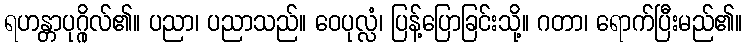
ရဟန္တာပုဂ္ဂိုလ်၏။ ပညာ၊ ပညာသည်။ ဝေပုလ္လံ၊ ပြန့်ပြောခြင်းသို့။ ဂတာ၊ ရောက်ပြီးမည်၏။